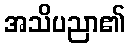
အသိပညာ၏